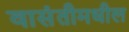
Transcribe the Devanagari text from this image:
वासंतीमधील